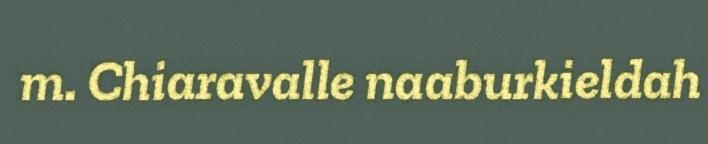
m. Chiaravalle naaburkieldah